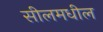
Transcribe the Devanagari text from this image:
सीलमधील